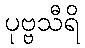
ပုဗ္ဗသီရိ